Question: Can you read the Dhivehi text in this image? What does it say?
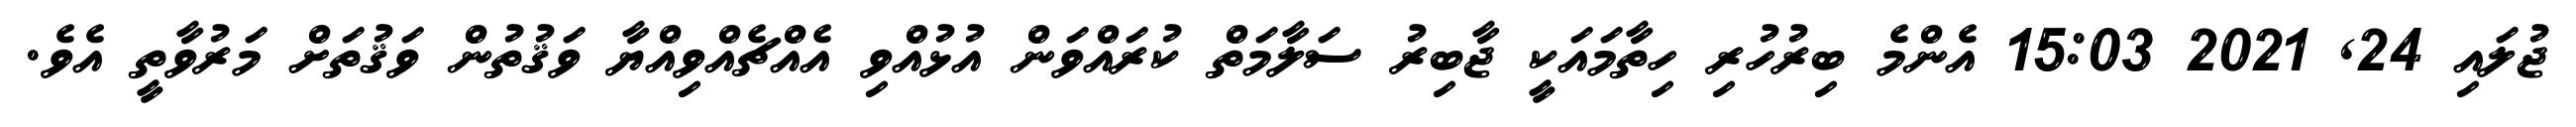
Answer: ޖުލައި 24, 2021 15:03 އެންމެ ބިރުހުރި ހިތާމައަކީ ޖާބިރު ސަލާމަތް ކުރައްވަން އުޅުއްވި އެއްޗެއްވިއްޔާ ވަޤުތުން ވަޤުތަށް މަރުވާތީ އެވެ.